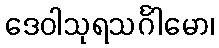
ဒေဝါသုရသင်္ဂါမော၊